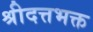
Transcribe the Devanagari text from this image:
श्रीदत्तभक्त